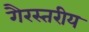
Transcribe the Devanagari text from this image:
गैरस्‍तरीय